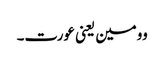
وومین یعنی عورت۔